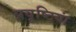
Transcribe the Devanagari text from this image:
प्रवृष्‍टियां